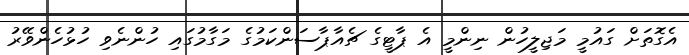
އެގޮތަށް ގައުމީ މަޖިލީހުން ނިންމީ އެ ޕާޓީގެ ޗެއާޕާސަންކަމުގެ މަގާމުގައި ހުންނެވި ހުޅުހެންވޭރު